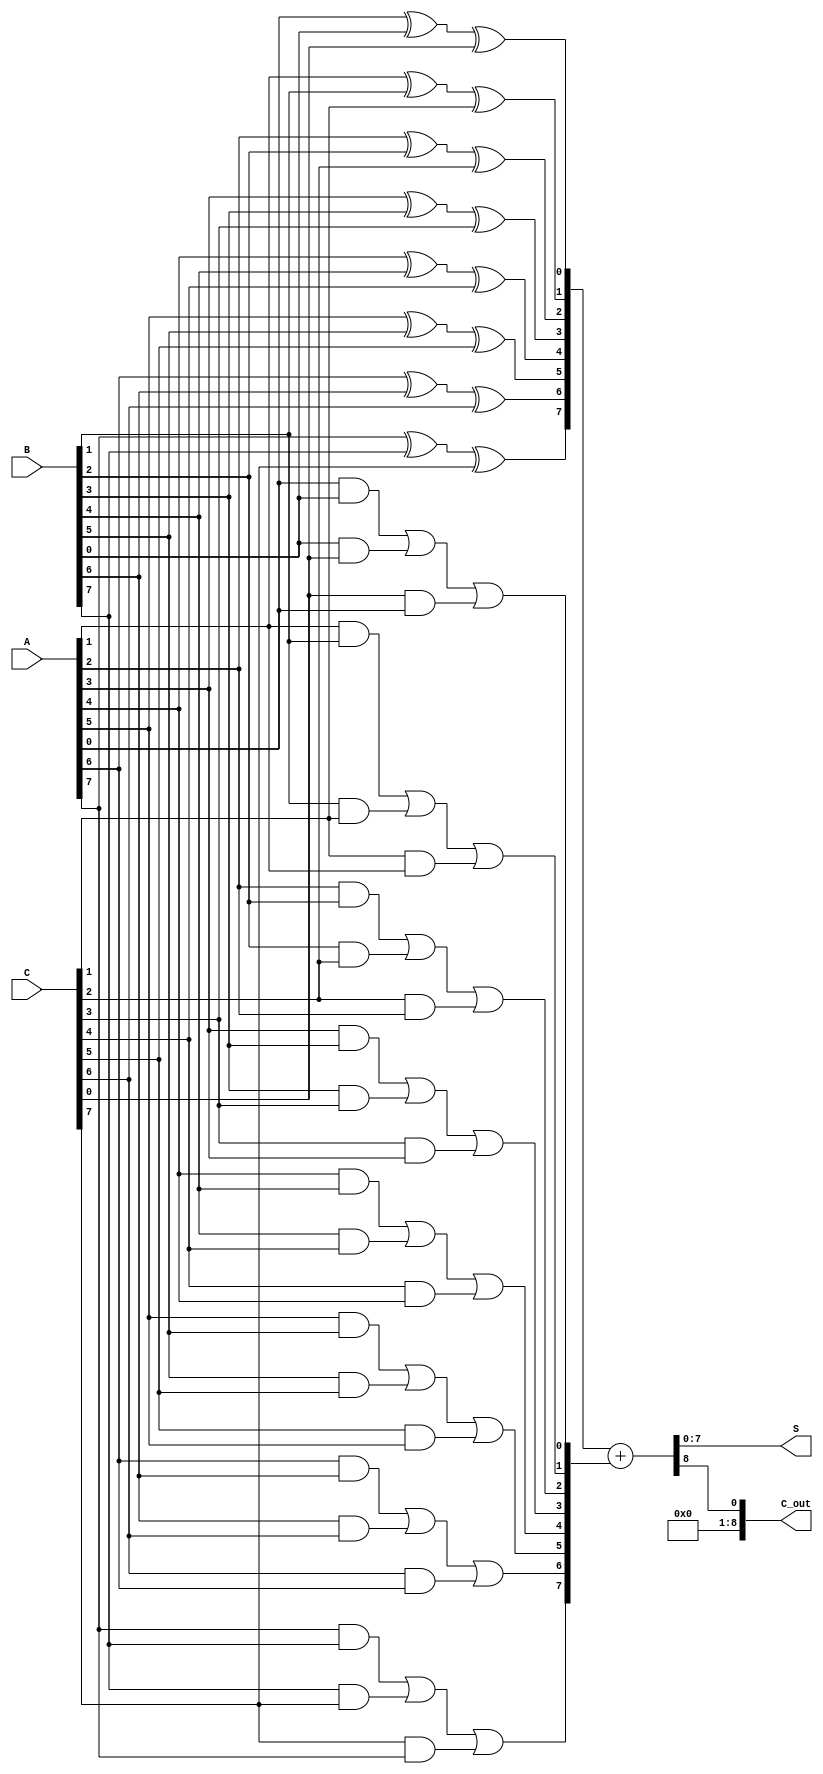
module CarrySaveAdder #(parameter n = 8) (
    input [n-1:0] A,  // First input operand
    input [n-1:0] B,  // Second input operand
    input [n-1:0] C,  // Third input operand
    output [n-1:0] S, // Sum output
    output [n:0] C_out // Carry output (n+1 bits)
);
    wire [n-1:0] sum;  // Intermediate sum
    wire [n-1:0] carry; // Intermediate carry

    // Carry Save Stage
    generate
        genvar i;
        for (i = 0; i < n; i = i + 1) begin : CSA
            assign sum[i] = A[i] ^ B[i] ^ C[i]; // Sum calculation
            assign carry[i] = (A[i] & B[i]) | (B[i] & C[i]) | (C[i] & A[i]); // Carry calculation
        end
    endgenerate

    // Carry Propagation Stage
    // Use a simple ripple-carry adder to add `sum` and `carry`
    wire [n-1:0] final_sum;
    wire [n-1:0] final_carry;

    assign {final_carry, final_sum} = {1'b0, sum} + {1'b0, carry}; // Add sum and carry

    assign S = final_sum; // Final sum output
    assign C_out = final_carry; // Final carry output (n+1 bits)

endmodule